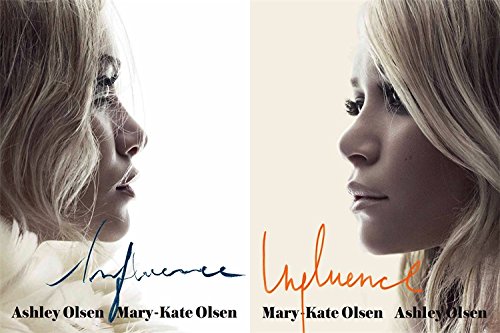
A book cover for Influence; Mary Kate Olsen; Teen & Young Adult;